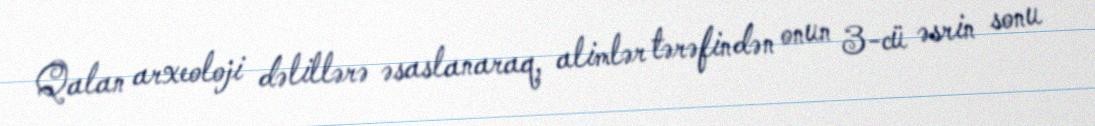
Qalan arxeoloji dəlillərə əsaslanaraq, alimlər tərəfindən onun 3-cü əsrin sonu